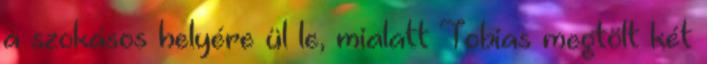
a szokásos helyére ül le, mialatt Tobias megtölt két